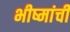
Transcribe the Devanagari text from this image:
भीष्मांची